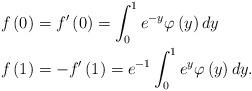
LaTeX: \begin{align*}f\left(0\right) & =f'\left(0\right)=\int_{0}^{1}e^{-y}\varphi\left(y\right)dy\\f\left(1\right) & =-f'\left(1\right)=e^{-1}\int_{0}^{1}e^{y}\varphi\left(y\right)dy.\end{align*}